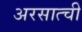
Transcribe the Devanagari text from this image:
अरसात्ची